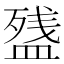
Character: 𰤽